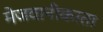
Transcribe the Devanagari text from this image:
मेजवानीकरता